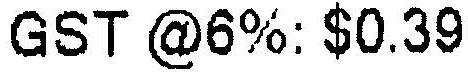
GST @6%:$0.39